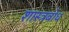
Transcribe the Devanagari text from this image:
शास्त्रबोध